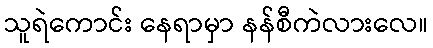
သူရဲကောင်း နေရာမှာ နန်စီကဲလားလေ။